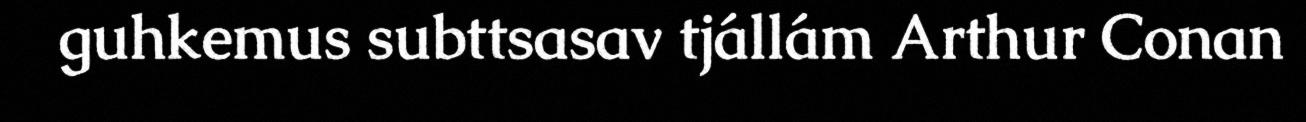
guhkemus subttsasav tjállám Arthur Conan